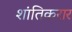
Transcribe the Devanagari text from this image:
शांतिकरार